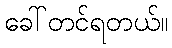
ခေါ်တင်ရတယ်။